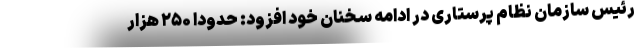
رئیس سازمان نظام پرستاری در ادامه سخنان خود افزود: حدودا ۲۵۰ هزار